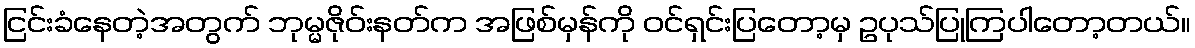
ငြင်းခံနေတဲ့အတွက် ဘုမ္မဇိုဝ်းနတ်က အဖြစ်မှန်ကို ဝင်ရှင်းပြတော့မှ ဥပုသ်ပြုကြပါတော့တယ်။